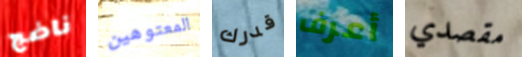
ناضج المعتوهين قدرك أعرف مقصدي